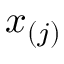
x _ { ( j ) }